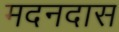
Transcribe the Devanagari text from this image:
मदनदास